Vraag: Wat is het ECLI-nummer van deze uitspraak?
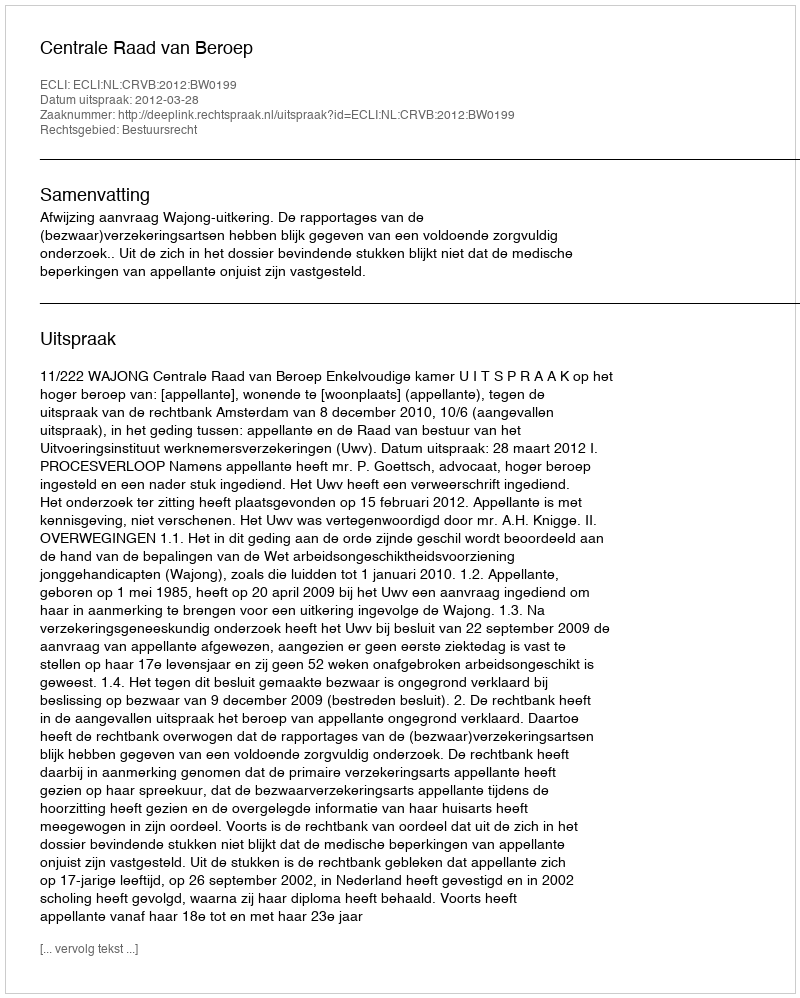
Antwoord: ECLI:NL:CRVB:2012:BW0199